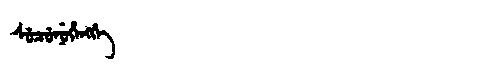
Manchu: ᠰᡠᠴᡠᠨᡠᡥᡝᠩᡤᡝ
Romanization: SUCUNUHENGGE